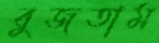
বুজতাম